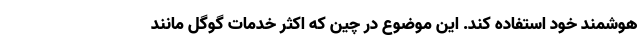
هوشمند خود استفاده کند. این موضوع در چین که اکثر خدمات گوگل مانند